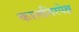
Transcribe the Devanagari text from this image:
कालनिरपेक्ष